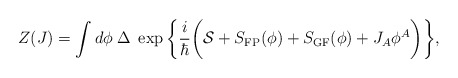
\begin{align*}Z(J)=\int d\phi\;\Delta\;\exp\bigg\{\frac{i}{\hbar}\bigg({\cal S}+ S_{\rm FP}(\phi)+S_{\rm GF}(\phi)+J_A\phi^A\bigg)\bigg\},\end{align*}